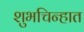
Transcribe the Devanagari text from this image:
शुभचिन्हात